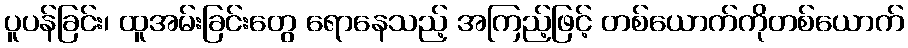
ပူပန်ခြင်း၊ ထူအမ်းခြင်းတွေ ရောနေသည့် အကြည့်ဖြင့် တစ်ယောက်ကိုတစ်ယောက်